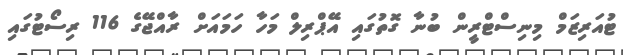
ޓުއަރިޒަމް މިނިސްޓްރީން ބުނާ ގޮތުގައި އޭޕްރިލް މަހާ ހަމައަށް ރާއްޖޭގެ 116 ރިސޯޓުގައި